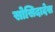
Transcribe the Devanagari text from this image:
सोसिदादेस